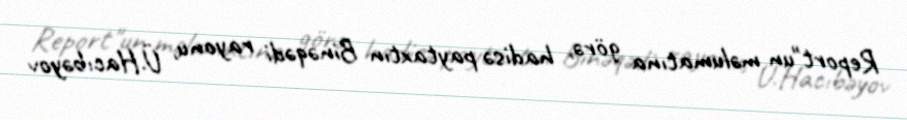
Report"un məlumatına görə, hadisə paytaxtın Binəqədi rayonu, Ü.Hacıbəyov